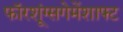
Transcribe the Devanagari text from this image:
फॉरशूंग्सगेमेंशाफ्ट